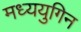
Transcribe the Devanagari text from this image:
मध्ययुगिन